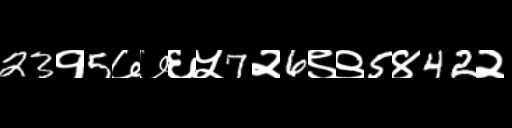
Text: 23१5७७६५7२6९९5४42२